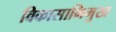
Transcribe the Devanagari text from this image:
विकासाभिमुख